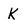
Character: K